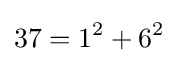
37=1^{2}+6^{2}